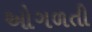
ઓગળતી